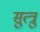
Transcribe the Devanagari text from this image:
सुत्त्रु